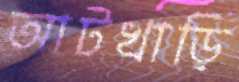
আটখাড়ি